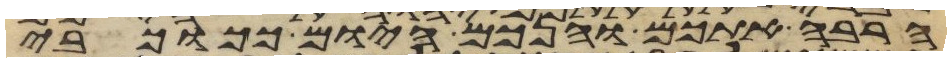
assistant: הרבה אתכם והנכם היום ככוכבי